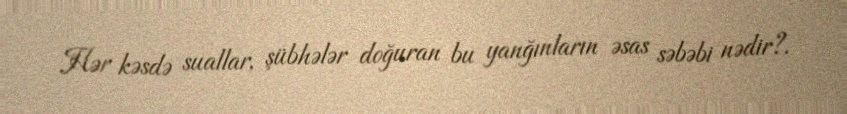
Hər kəsdə suallar, şübhələr doğuran bu yanğınların əsas səbəbi nədir?.